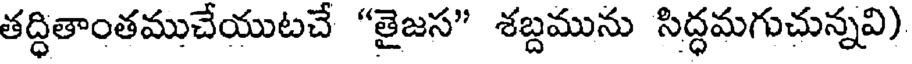
తద్ధితాంతముచేయుటచే "తైజస" శబ్దమును సిద్ధమగుచున్నవి)